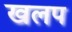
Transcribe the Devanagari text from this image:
खलप